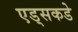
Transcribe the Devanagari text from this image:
एड्‌सकडे